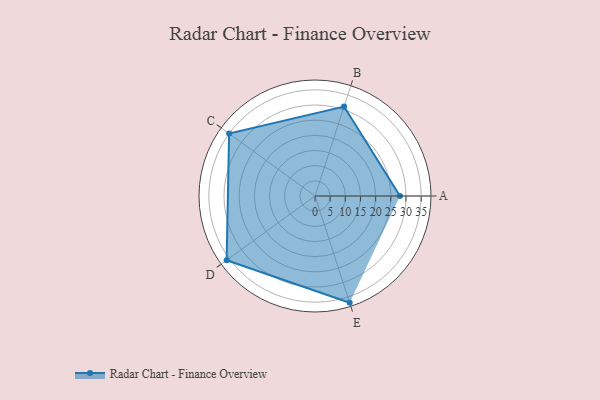
{"axis": {"x": "Skill", "y": "Score"}, "legend": ["Profile"], "data": [{"x": "A", "y": 28.0, "type": "Profile"}, {"x": "B", "y": 31.0, "type": "Profile"}, {"x": "C", "y": 35.0, "type": "Profile"}, {"x": "D", "y": 36.0, "type": "Profile"}, {"x": "E", "y": 37.0, "type": "Profile"}]}